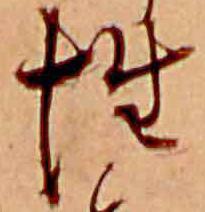
性